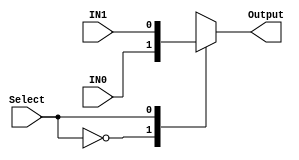
module MUX2TO1 (IN0, IN1, Select, Output); 

input IN0, IN1; 
input Select ; 
output reg Output;

always @ *  
	case (Select) 
		1'b0   : Output = IN0; 
		1'b1   : Output = IN1;
	endcase 

endmodule